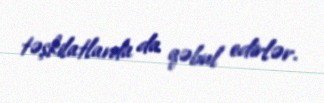
təşkilatlarda da qəbul edirlər.